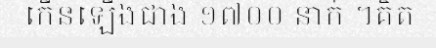
កើនឡើងជាង ១៧០០ នាក់ ។គិត